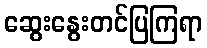
ဆွေးနွေးတင်ပြကြရာ